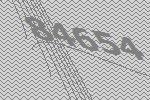
84654